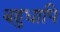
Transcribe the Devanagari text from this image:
बहुधापि